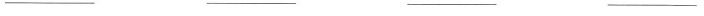
___ ___ ___ ___